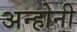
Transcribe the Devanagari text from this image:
अन्होनी